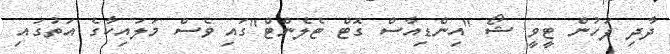
ދާދި ފަހުން ޓީވީ ޝޯ "އިންޑިއާސް ގޮޓް ޓެލެންޓް"ގައި ވެސް މަލައިކާގެ އަތުގައި